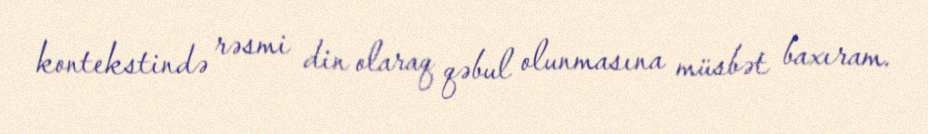
kontekstində rəsmi din olaraq qəbul olunmasına müsbət baxıram.